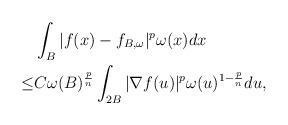
LaTeX: \begin{align*}&\int_B|f(x)-f_{B,\omega}|^p\omega(x)dx\\\leq &C\omega(B)^{\frac{p}{n}} \int_{2B} |\nabla f(u)|^p \omega(u)^{1-\frac{p}{n}}du,\end{align*}